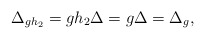
\begin{align*} \Delta_{gh_2} = g h_2 \Delta = g \Delta = \Delta_g,\end{align*}